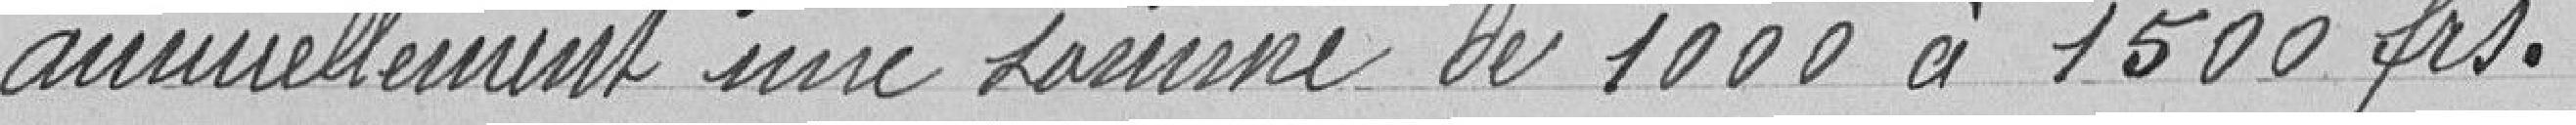
annuellement une somme de 1000 à 1500 francs